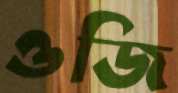
ওজি